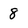
Character: 8